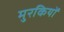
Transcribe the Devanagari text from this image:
मुरकियों